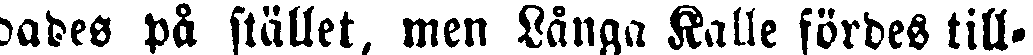
dades på stället, men Långa Kalle fördes till-